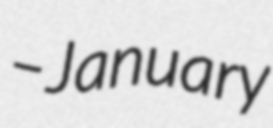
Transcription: – January